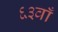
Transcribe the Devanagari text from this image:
६३वाँ